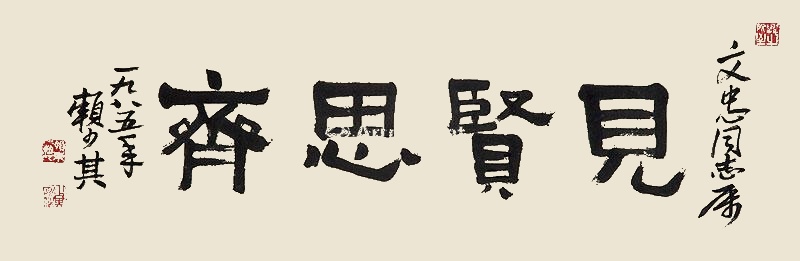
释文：见贤思齐文忠同志属，一九八五年，赖少其